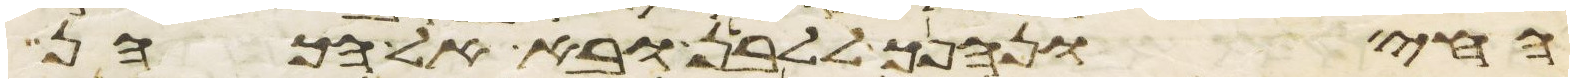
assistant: החי ונהפך ללבן ובא אל הכהן